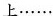
上……